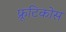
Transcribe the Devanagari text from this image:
फ्रूटिकोस